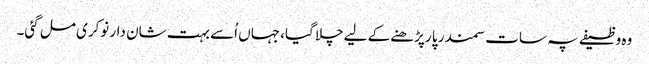
وہ وظیفے پہ سات سمندر پا رپڑھنے کے لیےچلا گیا، جہاں اُسے بہت شان دار نوکری مل گئی۔